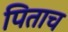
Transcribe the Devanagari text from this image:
पिताच